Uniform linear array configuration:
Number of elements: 12
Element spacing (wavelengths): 0.5
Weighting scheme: cosine
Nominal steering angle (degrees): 15
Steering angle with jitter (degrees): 14.911
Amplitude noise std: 0.05
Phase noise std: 0.05

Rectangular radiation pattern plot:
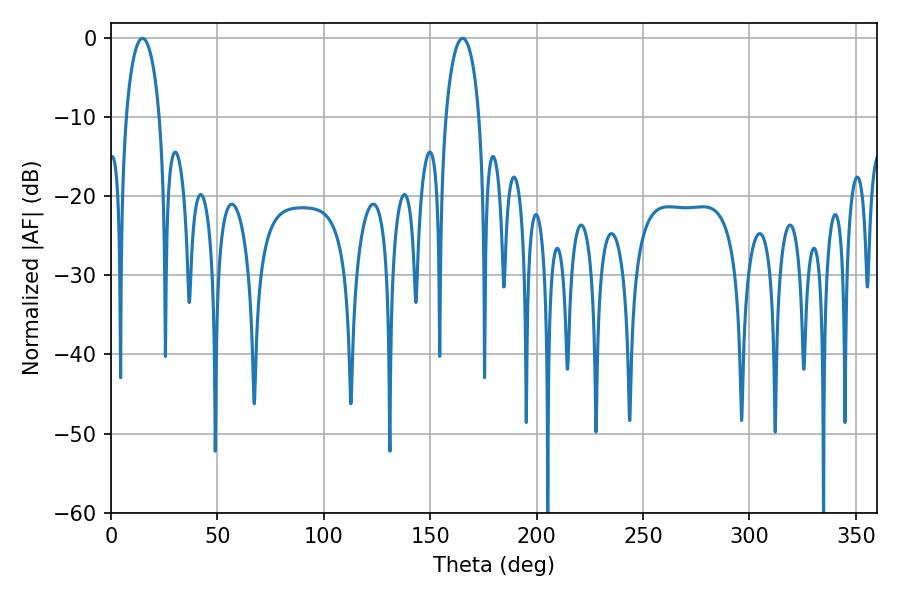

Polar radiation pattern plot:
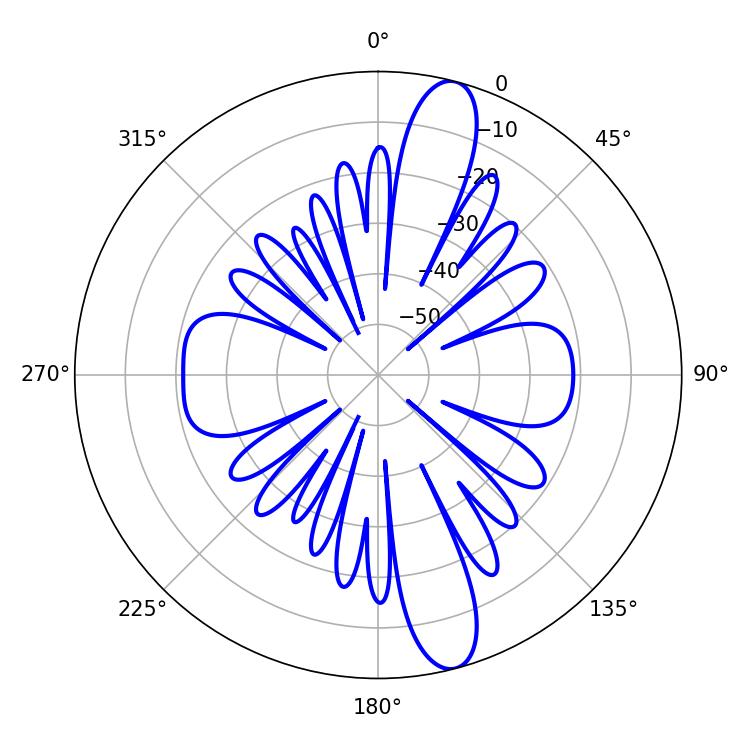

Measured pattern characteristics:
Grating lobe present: FALSE
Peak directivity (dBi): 13.597
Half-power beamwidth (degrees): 9
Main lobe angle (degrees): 14.76